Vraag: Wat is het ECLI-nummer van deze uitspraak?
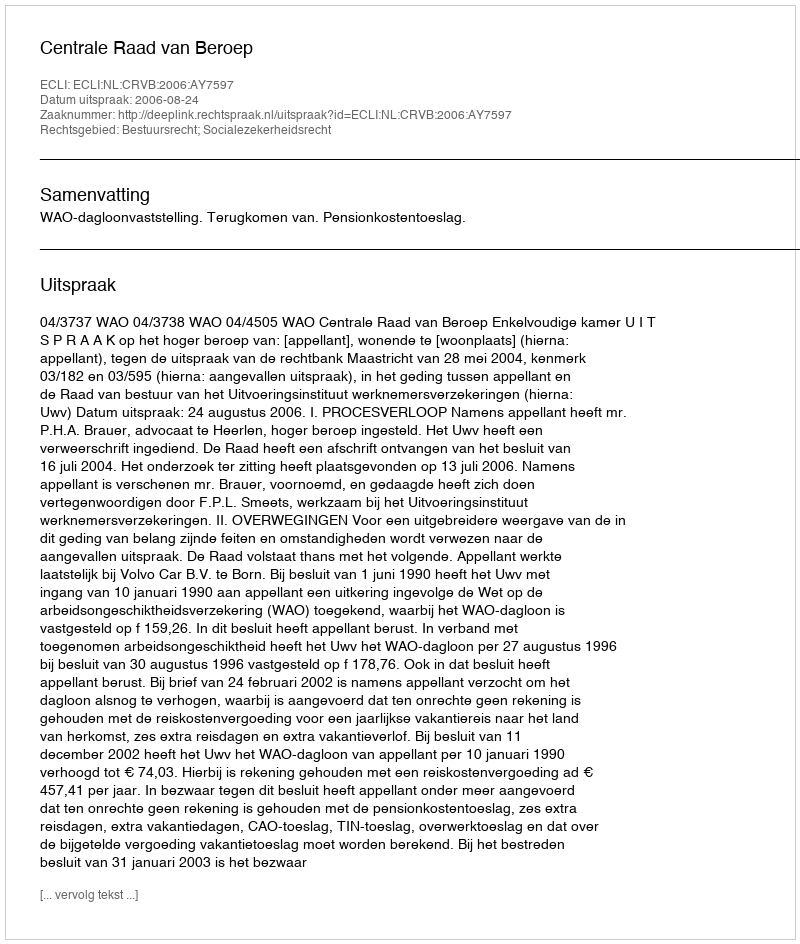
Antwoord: ECLI:NL:CRVB:2006:AY7597